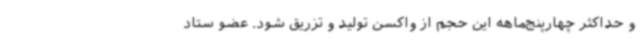
و حداکثر چهارپنج‌ماهه این حجم از واکسن تولید و تزریق شود. عضو ستاد